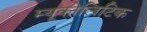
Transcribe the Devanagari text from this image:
म्यूकोलिटिक